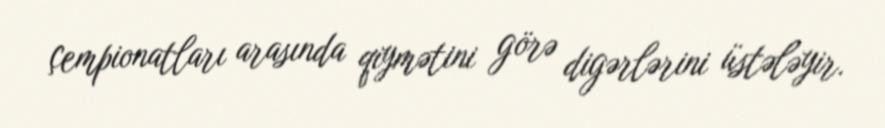
çempionatları arasında qiymətini görə digərlərini üstələyir.